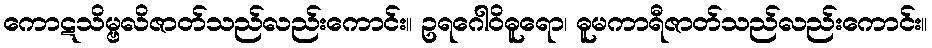
ကောဋသိမ္ဗလိဇာတ်သည်လည်းကောင်း။ ဥရဂေါဝိဓူရော၊ ဓူမကာရီဇာတ်သည်လည်းကောင်း။